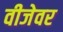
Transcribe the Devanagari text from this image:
वीजेवर